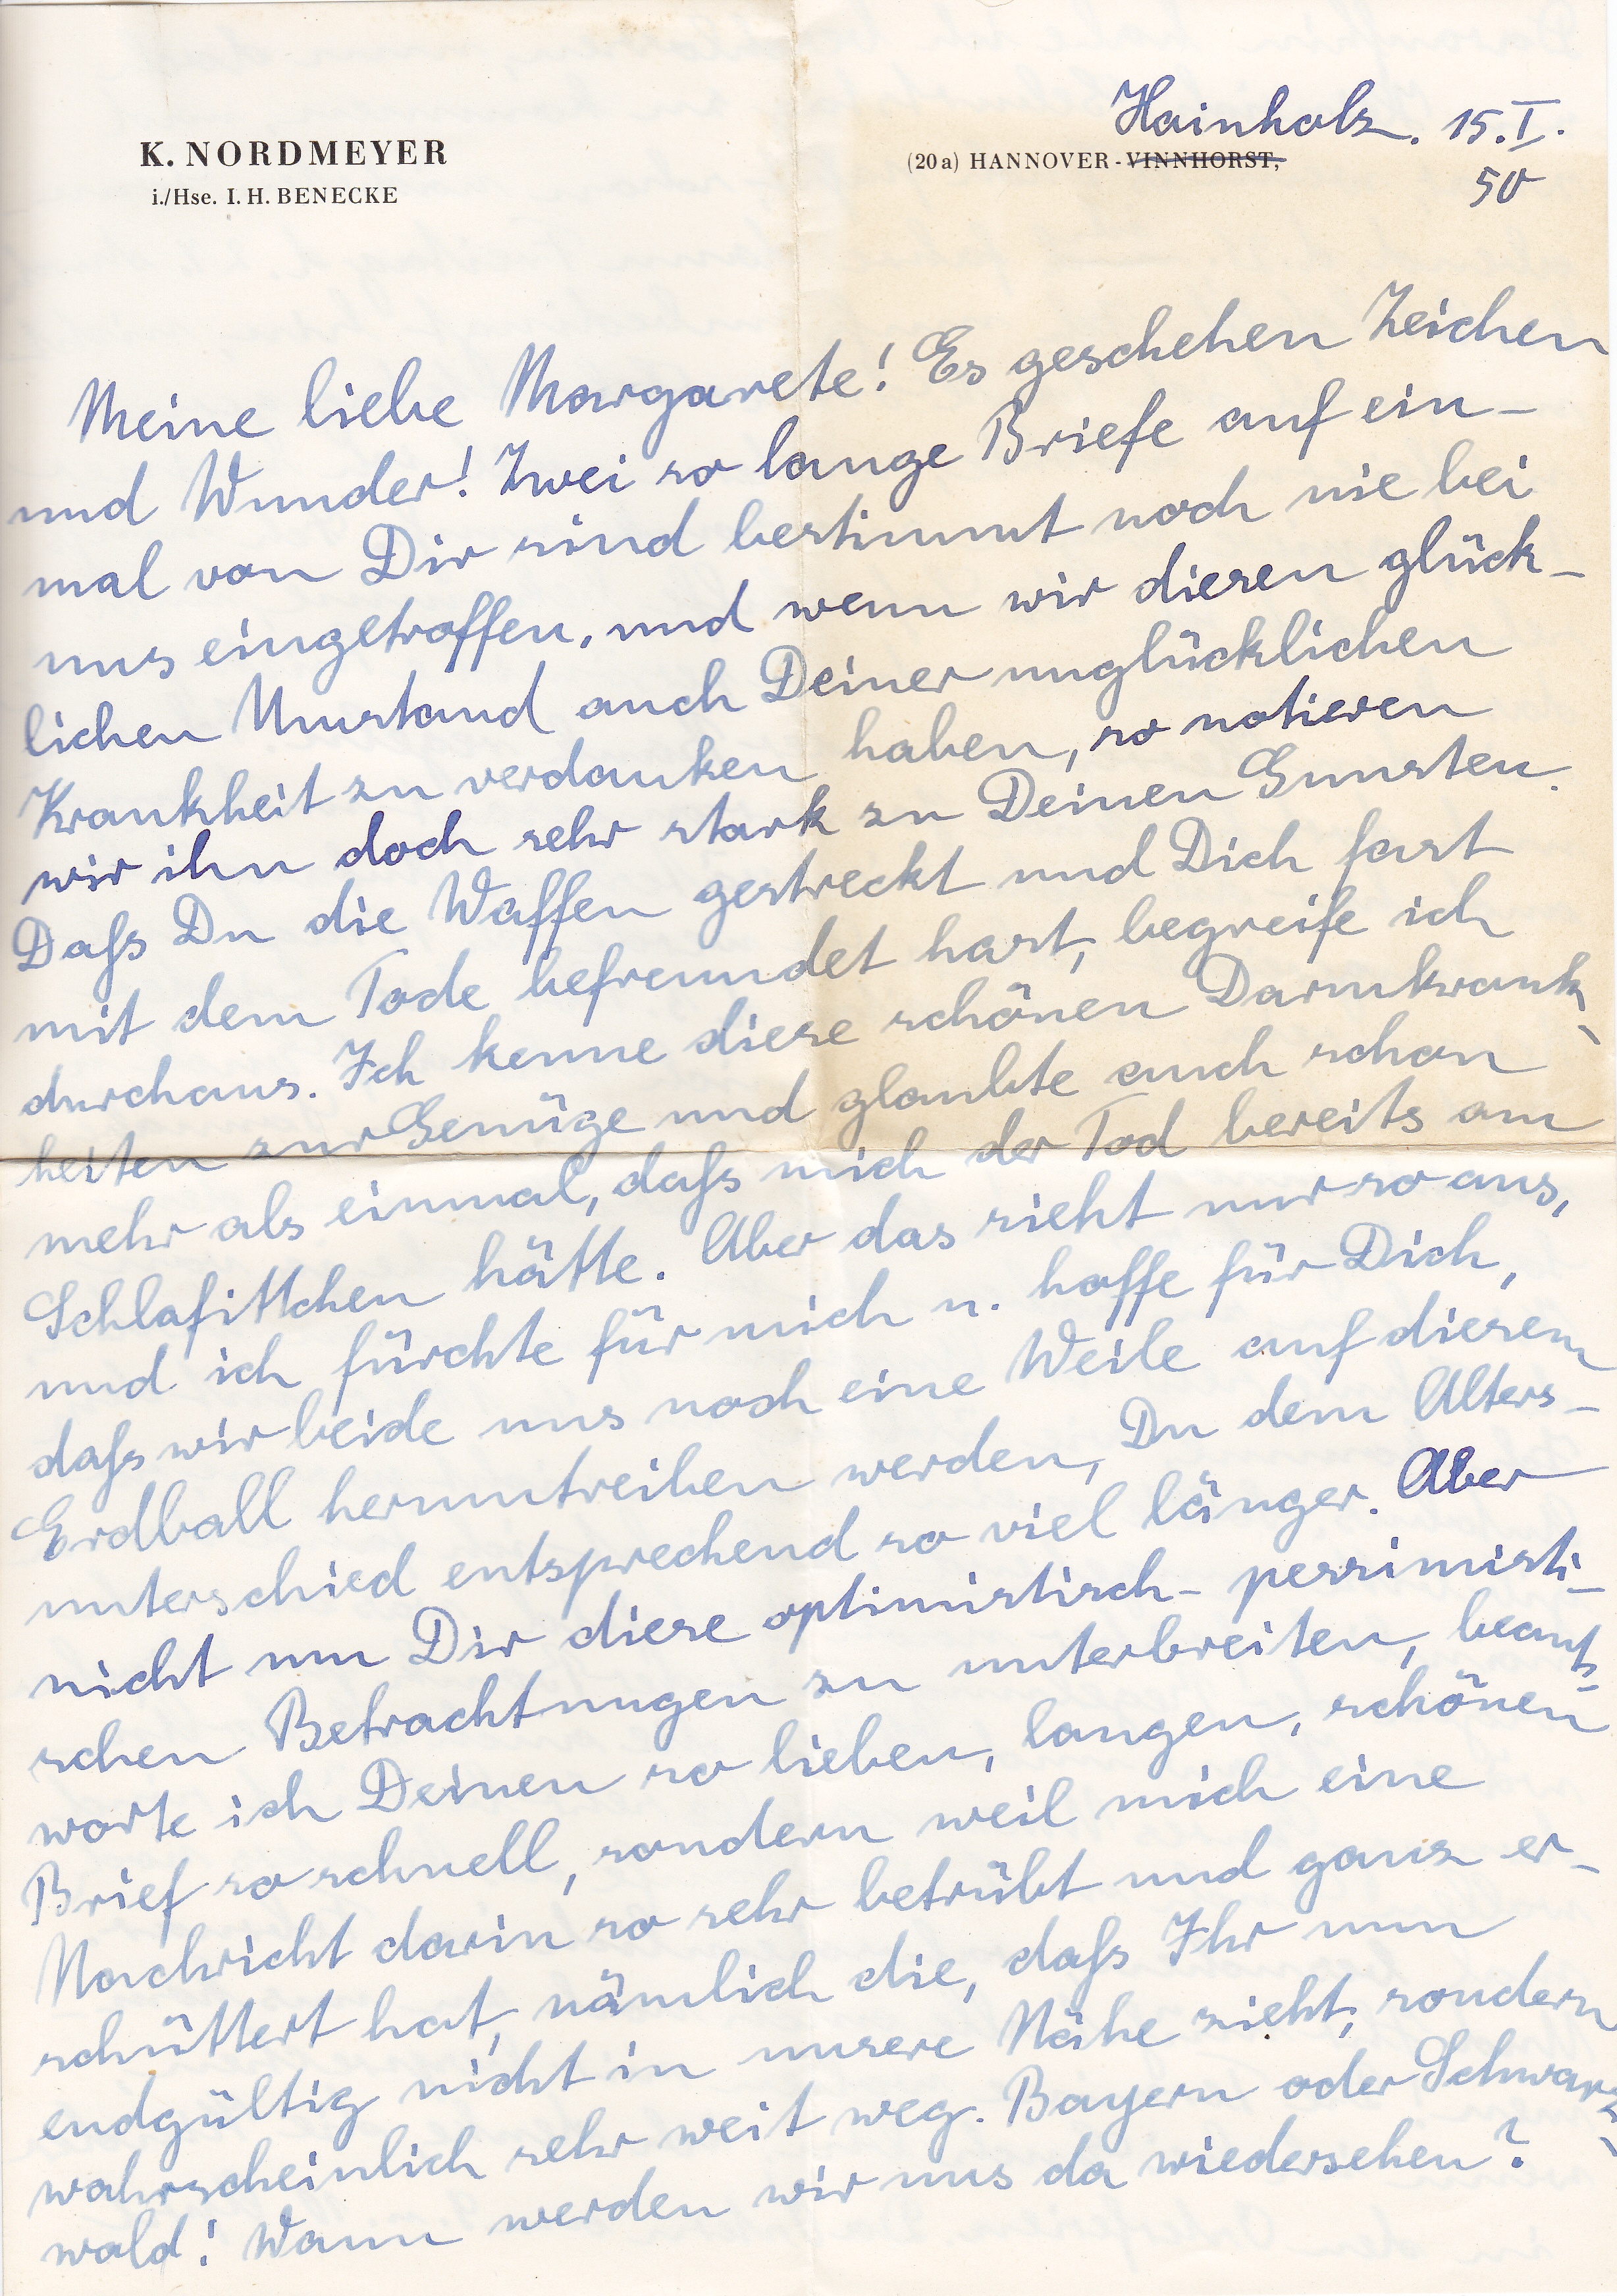
Hainholz
15. I.
50
Meine liebe Margarete! Es geschehen Zeichen
und Wunder! Zwei so lange Briefe auf ein
mal von Dir sind bestimmt noch nie bei
uns eingetroffen und wenn wir diesen glück
lichen Umstand auch Deiner unglücklichen
Krankheit zu verdanken haben, so notieren
wir ihn doch sehr stark zu Deinen Gunsten
Daß Du die Waffen gestreckt und Dich fast
mit dem Tode befreundet hast, begreife ich
durchaus. Ich kenne diese schönen Darmkrank
heuten zur Genüge und glaubte auch schon
mehr als einmal, daß mich der Tod bereits am
Schlafittchen hätte. Aber das sieht nur so aus,
und ich fürchte für mich u. hoffe für Dich
daß wir beide uns noch eine Weile auf diesem
Erdball herumtreiben werden, Du dem Alters
unterschied entsprechend so viel länger Aber
nicht um Dir diese optimistisch pessimisti
schen Betrachtungen zu unterbreiten beant
worte ich Deinen so lieben, langen, schönen
Brief so schnell, sondern weil mich eine
Nachricht darin so sehr betrübt und ganz er
schüttert hat, nämlich die, daß Ihr nun
endgültig nicht in unsere Nähe zieht, sondern
wahrscheinlich sehr weit weg. Bayern oder Schwarz
wald! Wann werden wir uns da wiedersehen?